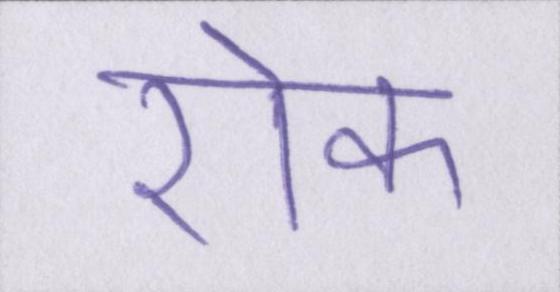
रोक